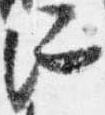
所